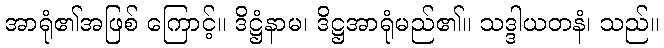
အာရုံ၏အဖြစ် ကြောင့်။ ဒိဋ္ဌံနာမ၊ ဒိဋ္ဌအာရုံမည်၏။ သဒ္ဒါယတနံ၊ သည်။